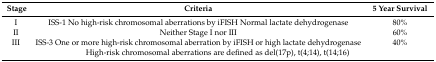
<table><thead><tr><td><b>Stage</b></td><td><b>Criteria</b></td><td><b>5 Year Survival</b></td></tr></thead><tbody><tr><td>I</td><td>ISS-1 No high-risk chromosomal aberrations by iFISH Normal lactate dehydrogenase</td><td>80%</td></tr><tr><td>II</td><td>Neither Stage I nor III</td><td>60%</td></tr><tr><td>III</td><td>ISS-3 One or more high-risk chromosomal aberration by iFISH or high lactate dehydrogenase</td><td>40%</td></tr><tr><td colspan="3">High-risk chromosomal aberrations are defined as del(17p), t(4;14), t(14;16)</td></tr></tbody></table>